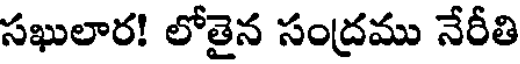
సఖులార! లోతైన సంద్రము నేరీతి